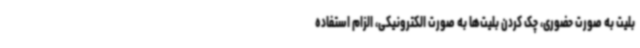
بلیت به صورت حضوری، چک کردن بلیت‌ها به صورت الکترونیکی، الزام استفاده